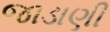
જાડાણી